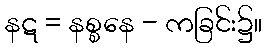
နဋ = နစ္စနေ - ကခြင်း၌။